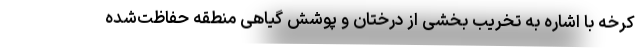
کرخه با اشاره به تخریب‌ بخشی از درختان و پوشش گیاهی منطقه حفاظت‌شده